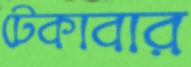
টেকাবার